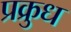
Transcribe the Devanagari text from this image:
प्रक्रुध